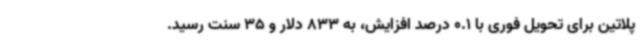
پلاتین برای تحویل فوری با 0.1 درصد افزایش، به 833 دلار و 35 سنت رسید.